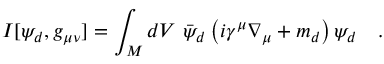
I [ \psi _ { d } , g _ { \mu \nu } ] = \int _ { \cal M } d V ~ \bar { \psi } _ { d } \left( i \gamma ^ { \mu } \nabla _ { \mu } + m _ { d } \right) \psi _ { d } ~ ~ ~ .